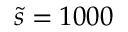
\tilde { s } = 1 0 0 0